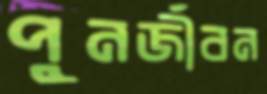
পুনর্জীবন